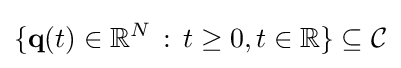
\{\mathbf {q} (t)\in \mathbb {R} ^{N}\,:\,t\geq 0,t\in \mathbb {R} \}\subseteq {\mathcal {C}}